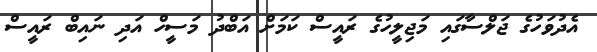
އެދުވަހުގެ ޖަލްސާގައި މަޖިލީހުގެ ރައީސް ކަމަށް އަބްދު މަސީހް އަދި ނައިބް ރައީސް